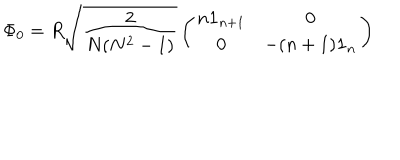
\Phi _ { 0 } = R \sqrt { \frac { 2 } { N ( N ^ { 2 } - 1 ) } } \left( \begin{matrix} { { n { \bf 1 } _ { n + 1 } } } & { { { \bf 0 } } } \\ { { { \bf 0 } } } & { { - ( n + 1 ) { \bf 1 } _ { n } } } \\ \end{matrix} \right)